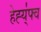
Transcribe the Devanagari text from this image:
हेह्य्॑फ्व